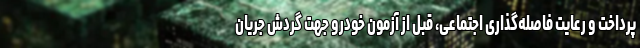
پرداخت و رعایت فاصله‌گذاری اجتماعی، قبل از آزمون خودرو جهت گردش جریان